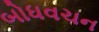
બોધવચન